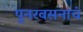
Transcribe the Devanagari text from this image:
पुनरवसनाचं